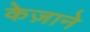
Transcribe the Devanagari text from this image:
केज़ाने